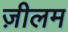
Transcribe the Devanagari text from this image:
ज़ीलम